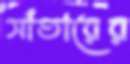
সাঁতারের